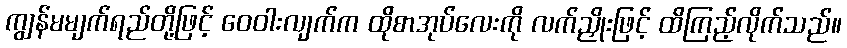
ကျွန်မမျက်ရည်တို့ဖြင့် ဝေဝါးလျက်က ထိုစာအုပ်လေးကို လက်ညှိုးဖြင့် ထိကြည့်လိုက်သည်။